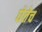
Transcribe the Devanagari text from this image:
घेतेच